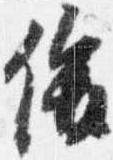
俊